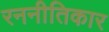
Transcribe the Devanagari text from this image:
रननीतिकार